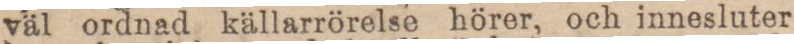
väl ordnad källarrörelse hörer, och innesluter